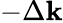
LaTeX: -\Delta\mathbf{k}